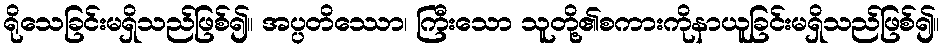
ရိုသေခြင်းမရှိသည်ဖြစ်၍။ အပ္ပတိဿော၊ ကြီးသော သူတို့၏စကားကိုနာယူခြင်းမရှိသည်ဖြစ်၍။